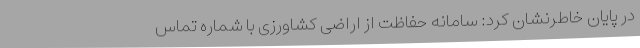
در پایان خاطرنشان کرد: سامانه حفاظت از اراضی کشاورزی با شماره تماس